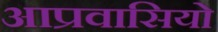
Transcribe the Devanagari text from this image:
आप्रवासियो